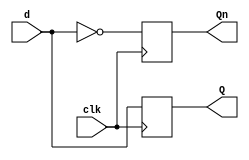
module dflipflop (
    output reg Q, Qn,
    input wire clk, d
);
    always @ (posedge clk)
        begin
            Q<=d;
            Qn <= ~d;
        end
endmodule

module tb_dflipflop(
    output reg clk, d,
    input wire Q, Qn
);
    initial begin
        clk = 1'b0;
        d = 1'b0;
    end

    always begin
        #5 clk = ~clk;
    end

    always @(posedge clk) begin
        #2 d = 1'b0;
        #8 d = 1'b1;
        #10 d = 1'b0;
        #10 d = 1'b1;
        #5 $finish;
    end
endmodule

module wb_dflipflop;
    wire c, d, Q, Qn;

    initial begin
        $monitor($time, " c=%b d=%b Q=%b Qn=%b", c, d, Q, Qn);
        $dumpfile("dflipflop.vcd");
        $dumpvars(0,wb_dflipflop);
    end

    dflipflop dff (Q, Qn, c, d);
    tb_dflipflop tb(c, d, Q, Qn);
endmodule